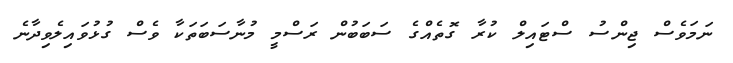
ނަމަވެސް ޖިންސު ސްޓައިލް ކުރާ ގޮތެއްގެ ސަބަބުން ރަސްމީ މުނާސަބަތަކާ ވެސް ގުޅުވައިލެވިދާނެ